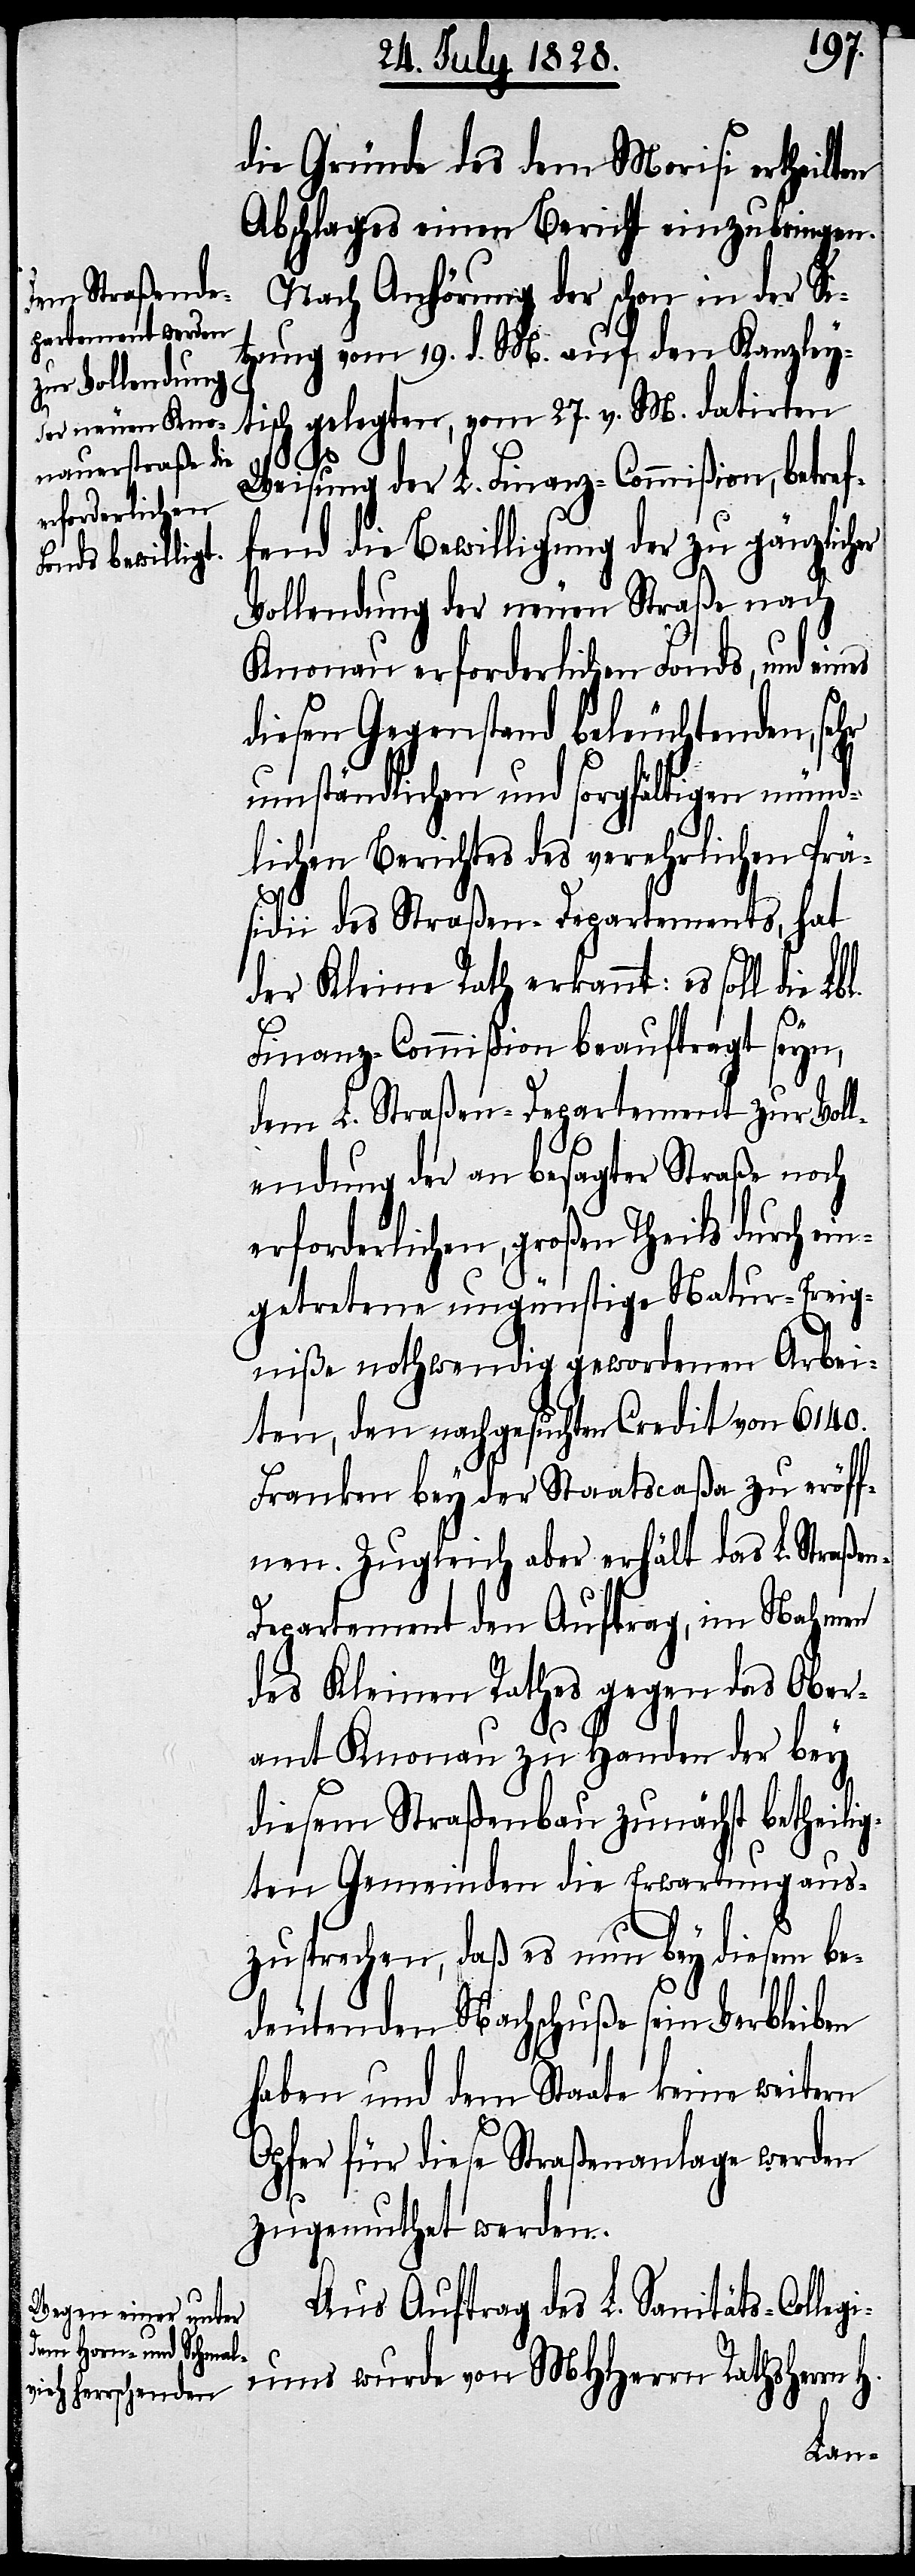
die Gründe des dem Morisi ertheilten
Abschlages einen Bericht einzubringen.
Nach Anhörung der schon in der Si¬
tzung vom 19. d. M. auf den Kanzley¬
tisch gelegten, vom 27. v. M. datirten
Weisung der L. Finanz-Commißion, betref¬
fend die Bewilligung der zu gänzlicher
Vollendung der neuen Straße nach
Knonau erforderlichen Fonds, und eines
diesen Gegenstand beleuchtenden, sehr
umständlichen und sorgfältigen münd¬
lichen Berichtes des verehrlichen Prä¬
n-D¬
sidii des Straßen-Departements, hat
der Kleine Rath erkannt, es soll die Lb¬
Finanz-Commißion beauftragt seyn,
dem L. Straßen-Departement zur Voll¬
endung der an besagter Straße noch
erforderlichen, großen Theils durch ei¬
ngetretene ungünstige Natur-Ereig¬
niße nothwendig gewordenen Arbei¬
ten, den nachgesuchten Credit von 6140.
Franken bey der Staatscaßa zu eröff¬
nen. Zugleich aber erhält das L. Straße¬
epartement den Auftrag, im Nahmen
des Kleinen Rathes gegen das Ober¬
amt Knonau zu Handen der bey
diesem Straßenbau zunächst betheilig¬
ten Gemeinden die Erwartung aus¬
zusprechen, daß es nun bey diesem be¬
deutenden Nachschuße sein Verbleiben
haben und dem Staate keine weitern
Opfer für diese Straßenanlage werden
zugemuthet werden.
Aus Auftrag des L. Sanitäts-Colleg¬
iums wurde von MHHerrn Rathsherrn H.